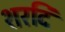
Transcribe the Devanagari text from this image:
शरदि